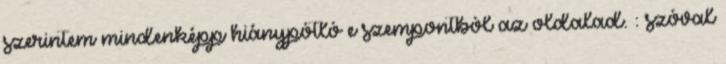
szerintem mindenképp hiánypótló e szempontból az oldalad. : szóval